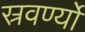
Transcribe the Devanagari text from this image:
स्रवर्ण्यो